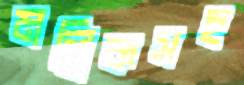
মল্লিকসহ